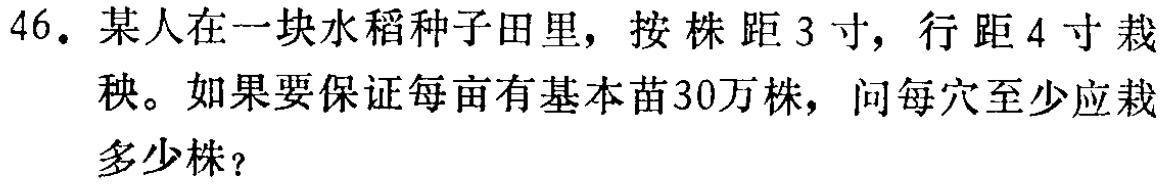
46. 某人在一块水稻种子田里，按株距3寸，行距4寸栽秧。如果要保证每亩有基本苗30万株，问每穴至少应栽多少株？